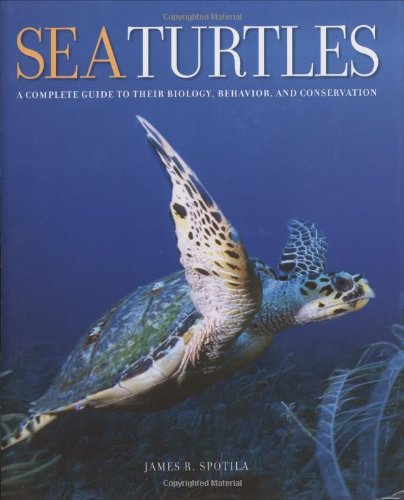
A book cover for Sea Turtles: A Complete Guide to Their Biology, Behavior, and Conservation; James R. Spotila; Science & Math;